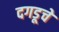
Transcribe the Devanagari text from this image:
दगडूचे